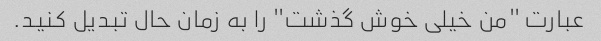
عبارت "من خیلی خوش گذشت" را به زمان حال تبدیل کنید.